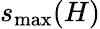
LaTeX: s_{\operatorname*{max}}(H)